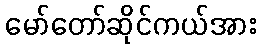
မော်တော်ဆိုင်ကယ်အား